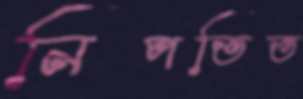
নিপতিত